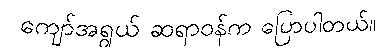
ကျော်အရွယ် ဆရာဝန်က ပြောပါတယ်။